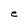
Character: e